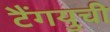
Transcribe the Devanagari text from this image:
टैंगयुची